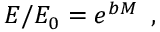
E / E _ { 0 } = e ^ { b M } \, \, \, ,